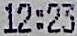
12:23